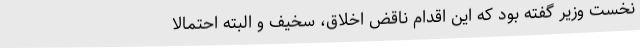
نخست وزیر گفته بود که این اقدام ناقض اخلاق، سخیف و البته احتمالا